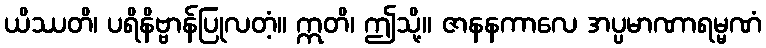
ယိဿတိ၊ ပရိနိဗ္ဗာန်ပြုလတံ့။ ဣတိ၊ ဤသို့။ ဇာနနကာလေ အပ္ပမာဏာရမ္မဏံ